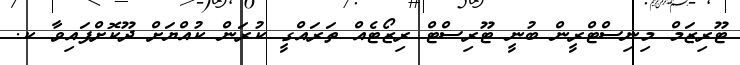
ޓޫރިޒަމް މިނިސްޓްރީން ބުނީ ޓޫރިސްޓް ރިޒޯޓެއް ތަރައްގީ ކުރަން ކުއްޔަށް ދޫކޮށްފައިވާ ކ.